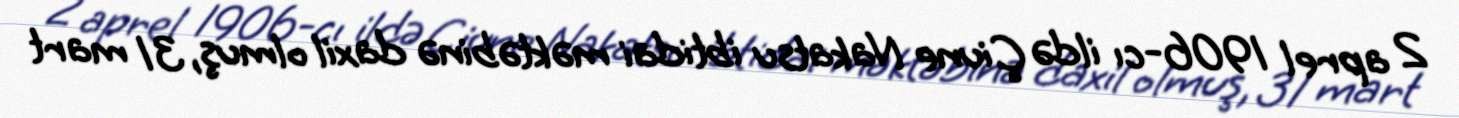
2 aprel 1906-cı ildə Çiune Nakatsu ibtidai məktəbinə daxil olmuş, 31 mart